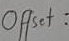
Text: Offset: